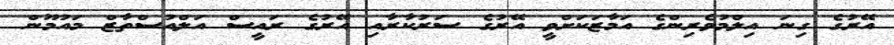
އޭރުގެ ގިނަ އިލްމުވެރިންގެ އަމާޒަކަށްވީ އޭރުގެ ސަރުކާރާއި އޭރުގެ ރައީސް އަލްއުސްތާޒް މައުމޫން